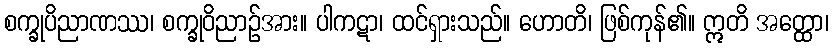
စက္ခုပိညာဏဿ၊ စက္ခုဝိညာဉ်အား။ ပါကဋာ၊ ထင်ရှားသည်။ ဟောတိ၊ ဖြစ်ကုန်၏။ ဣတိ အတ္ထော၊